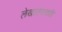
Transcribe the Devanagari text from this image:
लेखातमराठी